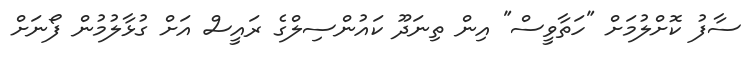
ސާފު ކޮށްލުމަށް "ހަތާވީސް" އިން ތިނަދޫ ކައުންސިލްގެ ރައީސް އަށް ގުޅާލުމުން ފޯނަށް